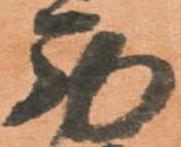
西